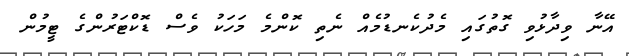
އޭނާ ވިދާޅުވި ގޮތުގައި މެދުކެނޑުމެއް ނެތި ކޮންމެ މަހަކު ވެސް ޑޮކްޓަރުންގެ ޓީމުން